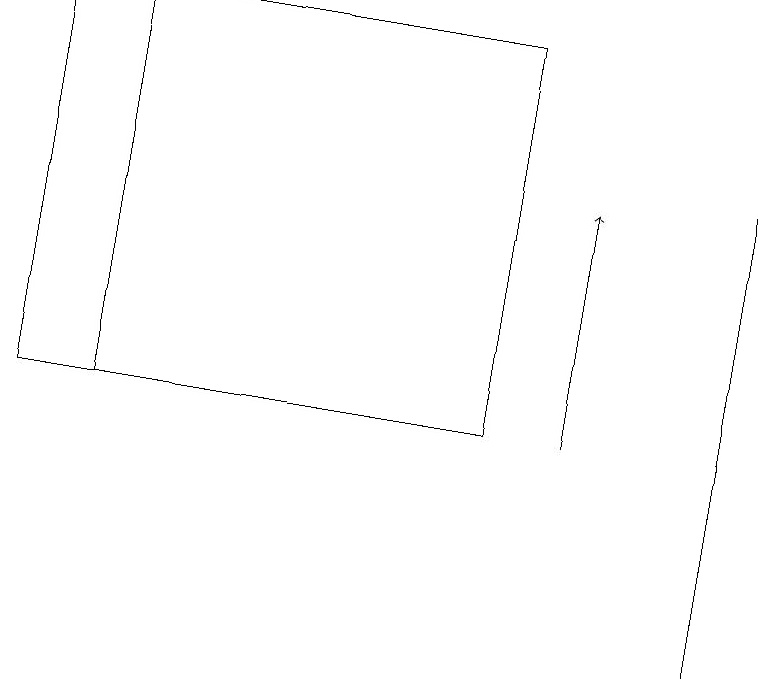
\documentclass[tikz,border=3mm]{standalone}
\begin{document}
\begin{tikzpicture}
\draw (9,10) rectangle (9,18);
\draw (6,18) rectangle (0,13);
\draw[->] (7,13) -- (7,16);
\draw (1,18) rectangle (6,13);
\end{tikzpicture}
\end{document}